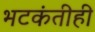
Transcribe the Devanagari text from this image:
भटकंतीही